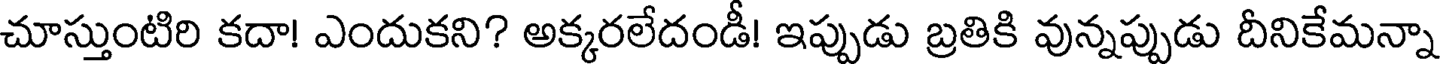
చూస్తుంటిరి కదా! ఎందుకని? అక్కరలేదండీ! ఇప్పుడు బ్రతికి వున్నప్పుడు దీనికేమన్నా